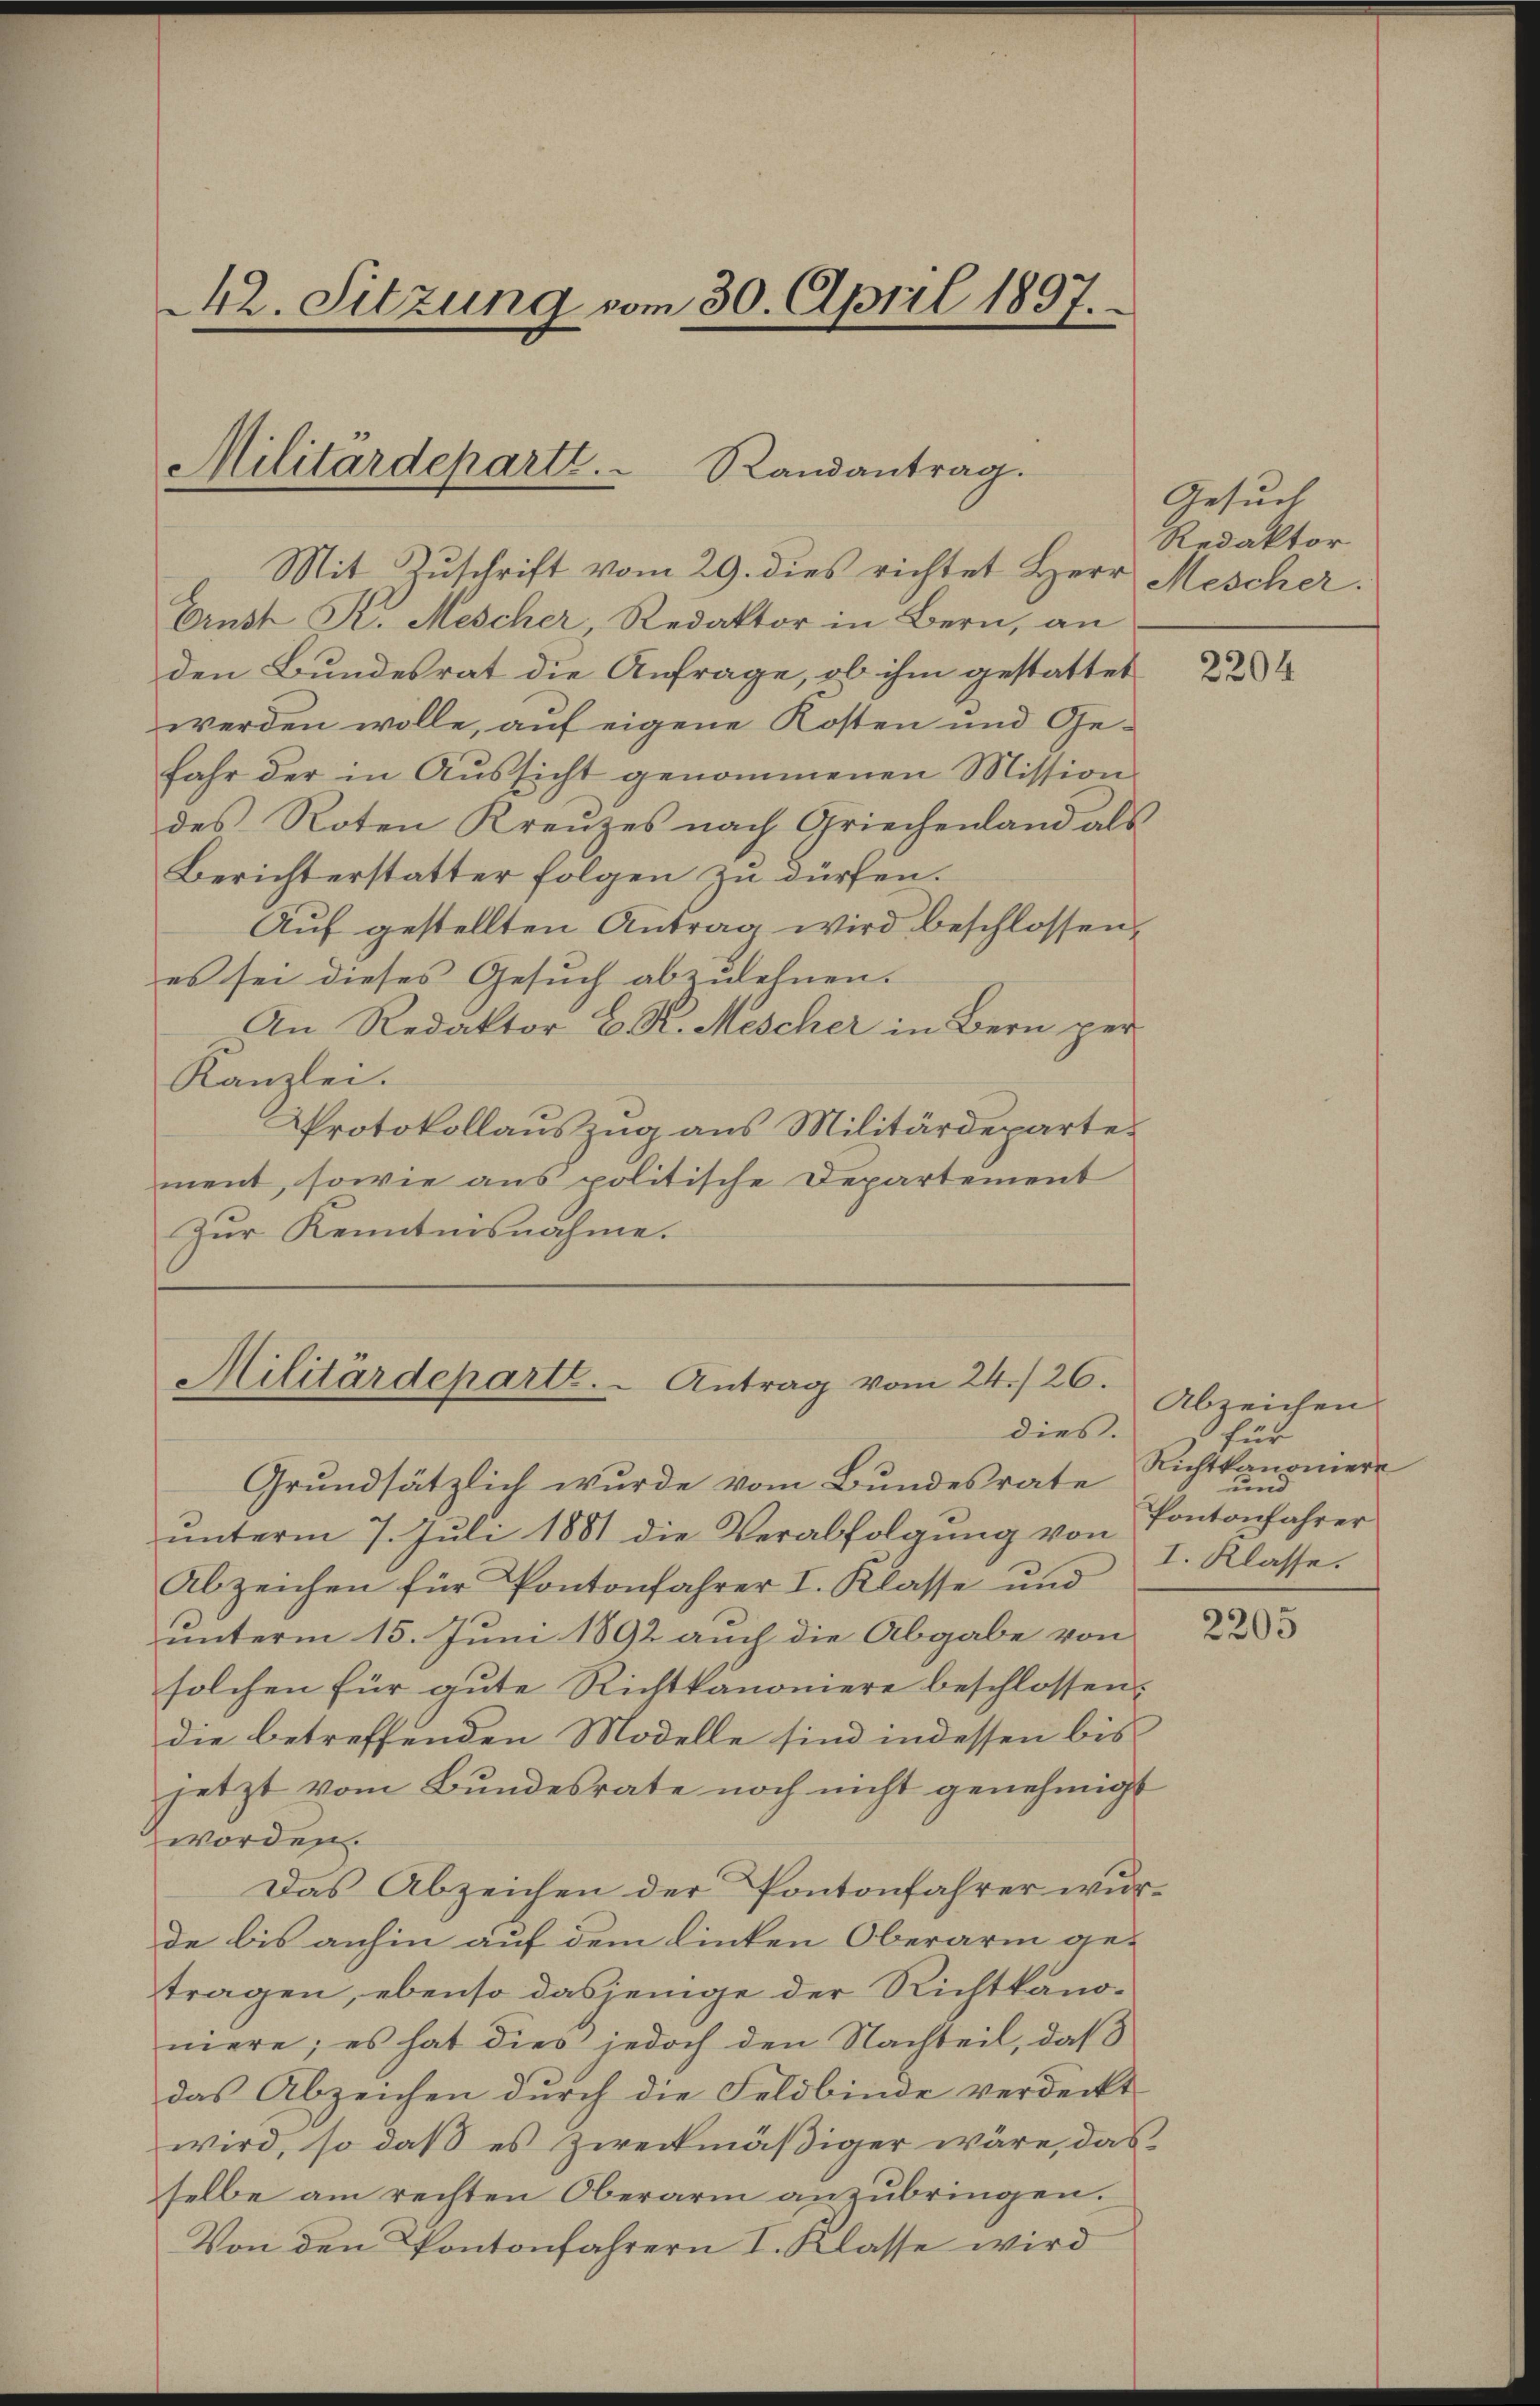
Mit Zuschrift vom 29. dies richtet Herr Mescher.
Ernst K. Mescher, Redaktor in Bern, an
den Bundesrat die Anfrage, ob ihm gestattet
werden wolle, auf eigene Kosten und Gefahr der in Aŭssicht genommenen Mission
des Roten Kreuzes nach Griechenland als
Berichterstatter folgen zu dürfen.
Auf gestellten Antrag wird beschlossen,
es sei dieses Gesuch abzulehnen.
An Redaktor C. R. Mescher in Bern per
Kanzlei.
Protokollauszug aus Militärdepartement, sowie aus politische Departement
Zur Kenntnisnahme.

42. Sitzung vom 30. April 1897.

Militärdeparti.  Randantrag.

Militärdeparte. Antrag vom 24./26.
dies.

Grundsätzlich wurde vom Bundesrate
unterm 7. Juli 1881 die Verabfolgung von
Abzeichen für Pantonfahrer I. Klasse und
unterm 15. Juni 1892 auch die Abgabe von
solchen für gute Richtkanoniere beschlossen:
die betreffenden Modelle sind indessen bis
jetzt vom Bundesrate noch nicht genehmigt
worden.
Das Abzeichen der Pantonfahrer wurde bis anhin auf dem linken Oberarm ge-
tragen, ebenso dasjenige der Richtkanoniere; es hat dies jedoch den Nachteil, daß
das Abzeichen durch die Feldbinde verdeckt
wird, so daß es zweckmäßiger wäre, das
selbe am rechten Oberarm anzubringen.
Von den Pantonfahrern I. Klasse wird

Gesuch
Redaktor

2204

Abzeichen
für
Richtkanoniere
und
Pontonfahrer
I. Klasse.

2205